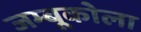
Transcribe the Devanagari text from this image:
जम्बूकोला